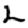
Digit: 2